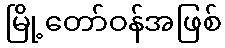
မြို့တော်ဝန်အဖြစ်